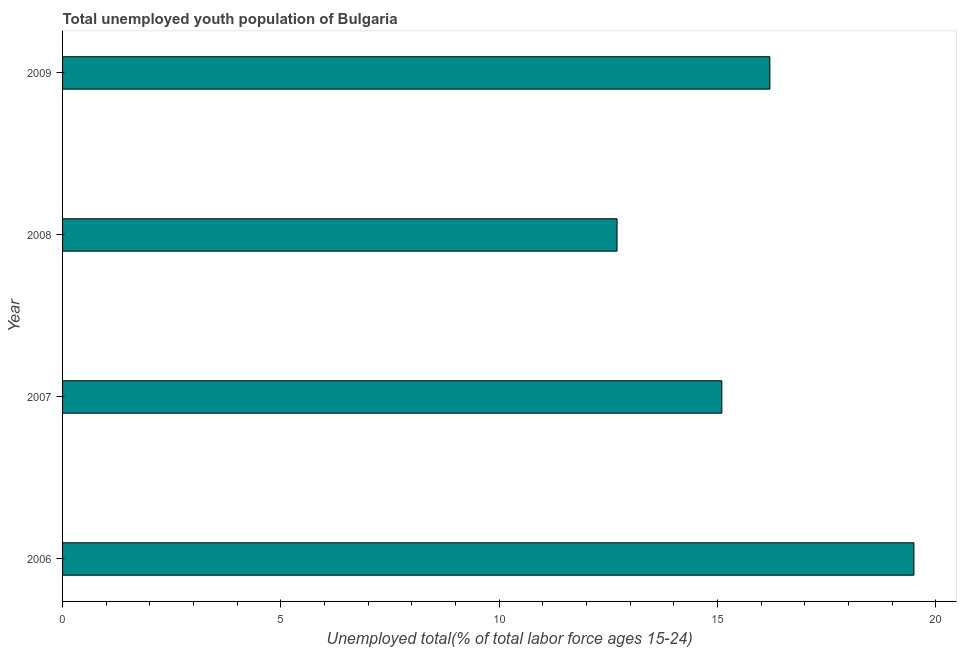
| Year | Unemployment youth total |
 | --- | --- |
 | 2006 | 19.5 |
 | 2007 | 15.1 |
 | 2008 | 12.7 |
 | 2009 | 16.2 |